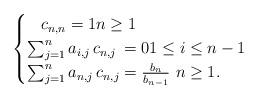
LaTeX: \begin{align*}\begin{cases}\,\,\, \,\, c_{n,n}=1 n\geq1 \\\sum_{j=1}^na_{i,j}\,c_{n,j}\,=0 1\leq i\leq n-1 \\\sum_{j=1}^na_{n,j}\,c_{n,j}=\frac{b_n}{b_{n-1}} \,\, n\geq1.\end{cases}\end{align*}